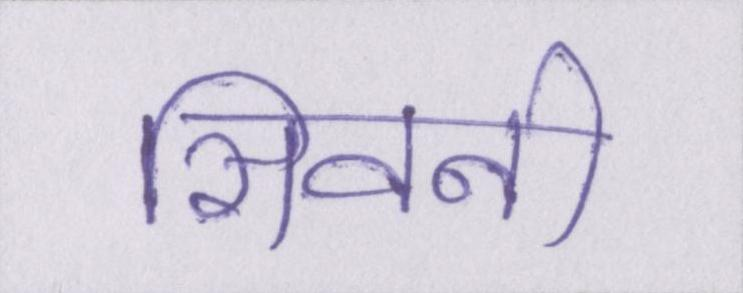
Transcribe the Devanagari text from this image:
सिवनी